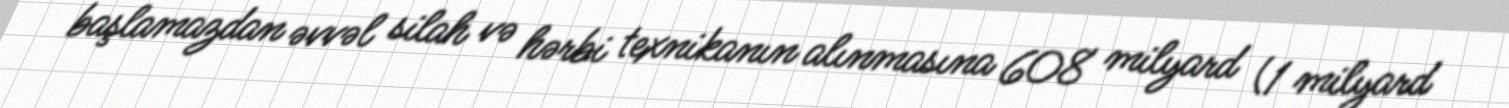
başlamazdan əvvəl silah və hərbi texnikanın alınmasına 608 milyard (1 milyard